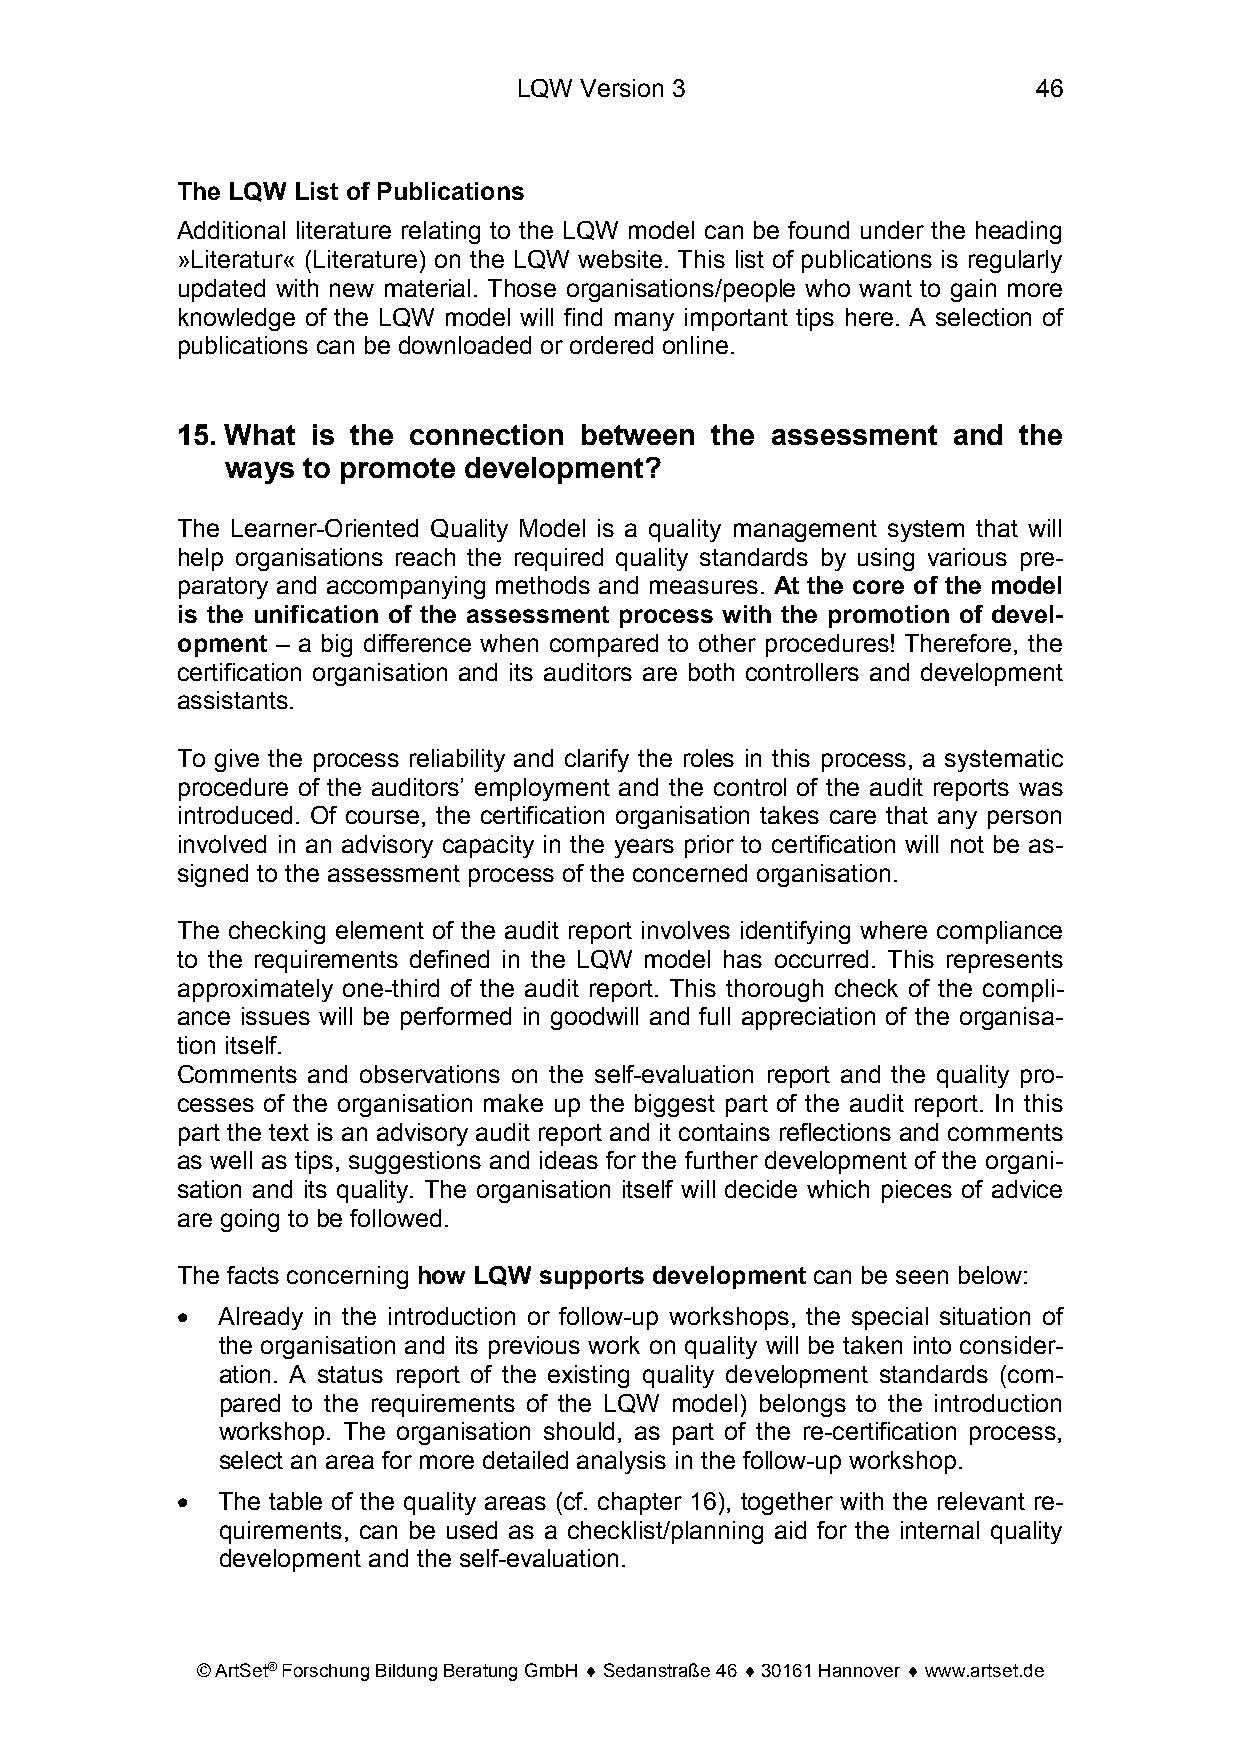
LQW Version 3                      46
 The LQW List of Publications
 Additional literature relating to the LQW model can be found under the heading
 »Literatur« (Literature) on the LQW website. This list of publications is regularly
 updated with new material. Those organisations/people who want to gain more
 knowledge of the LQW model will find many important tips here. A selection of
 publications can be downloaded or ordered online.
 15. What is the connection between the assessment  and the
 ways to promote development?
 The Learner-Oriented Quality Model is a quality management system that will
 help organisations reach the required quality standards by using various pre-
 paratory and accompanying methods and measures. At the core of the model
 is the unification of the assessment process with the promotion of devel-
 opment – a big difference when compared to other procedures! Therefore, the
 certification organisation and its auditors are both controllers and development
 assistants.
 To give the process reliability and clarify the roles in this process, a systematic
 procedure of the auditors’ employment and the control of the audit reports was
 introduced. Of course, the certification organisation takes care that any person
 involved in an advisory capacity in the years prior to certification will not be as-
 signed to the assessment process of the concerned organisation.
 The checking element of the audit report involves identifying where compliance
 to the requirements defined in the LQW model has occurred. This represents
 approximately one-third of the audit report. This thorough check of the compli-
 ance issues will be performed in goodwill and full appreciation of the organisa-
 tion itself.
 Comments and observations on the self-evaluation report and the quality pro-
 cesses of the organisation make up the biggest part of the audit report. In this
 part the text is an advisory audit report and it contains reflections and comments
 as well as tips, suggestions and ideas for the further development of the organi-
 sation and its quality. The organisation itself will decide which pieces of advice
 are going to be followed.
 The facts concerning how LQW supports development can be seen below:
 • Already in the introduction or follow-up workshops, the special situation of
 the organisation and its previous work on quality will be taken into consider-
 ation. A status report of the existing quality development standards (com-
 pared to the requirements of the LQW model) belongs to the introduction
 workshop. The organisation should, as part of the re-certification process,
 select an area for more detailed analysis in the follow-up workshop.
 • The table of the quality areas (cf. chapter 16), together with the relevant re-
 quirements, can be used as a checklist/planning aid for the internal quality
 development and the self-evaluation.
 © ArtSet® Forschung Bildung Beratung GmbH ♦ Sedanstraße 46 ♦ 30161 Hannover ♦ www.artset.de